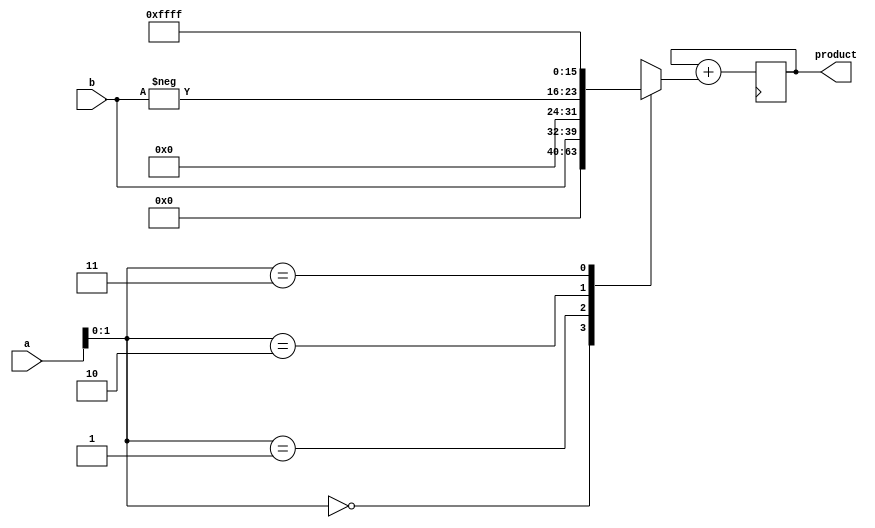
module sequential_booth_multiplier(
    input [7:0] a,
    input [7:0] b,
    output reg [15:0] product
);

reg [15:0] partial_product;

always @(*) begin
    case (a[1:0])
        2'b00: begin
            partial_product <= 16'b0000000000000000;
        end
        2'b01: begin
            partial_product <= {16'b0000000000000000, b};
        end
        2'b10: begin
            partial_product <= {16'b0000000000000000, -b};
        end
        2'b11: begin
            partial_product <= 16'b1111111111111111;
        end
    endcase
end

always @(posedge clk) begin
    product <= product + partial_product;
end

endmodule